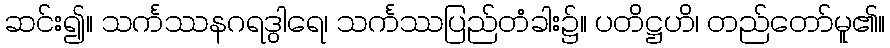
ဆင်း၍။ သင်္ကဿနဂရဒွါရေ၊ သင်္ကဿပြည်တံခါး၌။ ပတိဋ္ဌဟိ၊ တည်တော်မူ၏။